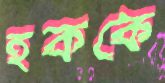
হককে